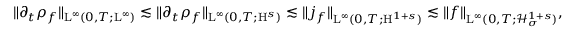
\begin{array} { r } { \Vert \partial _ { t } \rho _ { f } \Vert _ { \mathrm { L } ^ { \infty } ( 0 , T ; \mathrm { L } ^ { \infty } ) } \lesssim \Vert \partial _ { t } \rho _ { f } \Vert _ { \mathrm { L } ^ { \infty } ( 0 , T ; \mathrm { H } ^ { s } ) } \lesssim \Vert j _ { f } \Vert _ { \mathrm { L } ^ { \infty } ( 0 , T ; \mathrm { H } ^ { 1 + s } ) } \lesssim \Vert f \Vert _ { \mathrm { L } ^ { \infty } ( 0 , T ; \mathcal { H } _ { \sigma } ^ { 1 + s } ) } , } \end{array}